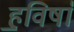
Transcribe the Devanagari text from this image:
ह॒विषा॑